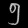
Digit: ၅